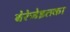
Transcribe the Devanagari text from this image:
बेरेजेइतका